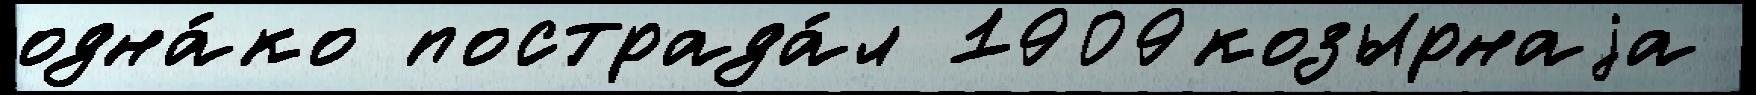
одна́ко пострада́л 1909козырнаjа